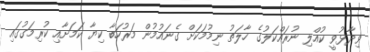
ވިދާޅުވީ ކުއްލި ނުރައްކަލުގެ ހާލަތު ނިމުމަކަށް ގެނައުމުން މަރުހަބާ ކިޔާ ކަމަށާއި ކުރިމަގުގައި